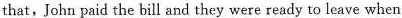
that, John paid the bill and they were ready to leave when